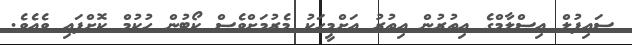
ސައިފުލް އިސްލާމްގެ އިތުރުން އިތުރު އަށްމީހަކު މެރުމަށްވެސް ކޯޓުން ހުކުމް ކޮށްފައި ވެއެވެ.